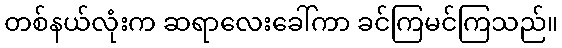
တစ်နယ်လုံးက ဆရာလေးခေါ်ကာ ခင်ကြမင်ကြသည်။